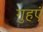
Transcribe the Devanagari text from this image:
गुहएं